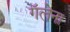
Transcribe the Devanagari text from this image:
गॅलेना